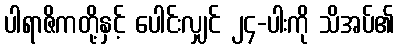
ပါရာဇိကတို့နှင့် ပေါင်းလျှင် ၂၄-ပါးကို သိအပ်၏